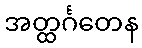
အတ္ထင်္ဂတေန